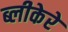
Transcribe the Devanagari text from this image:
ब्लीकेरे